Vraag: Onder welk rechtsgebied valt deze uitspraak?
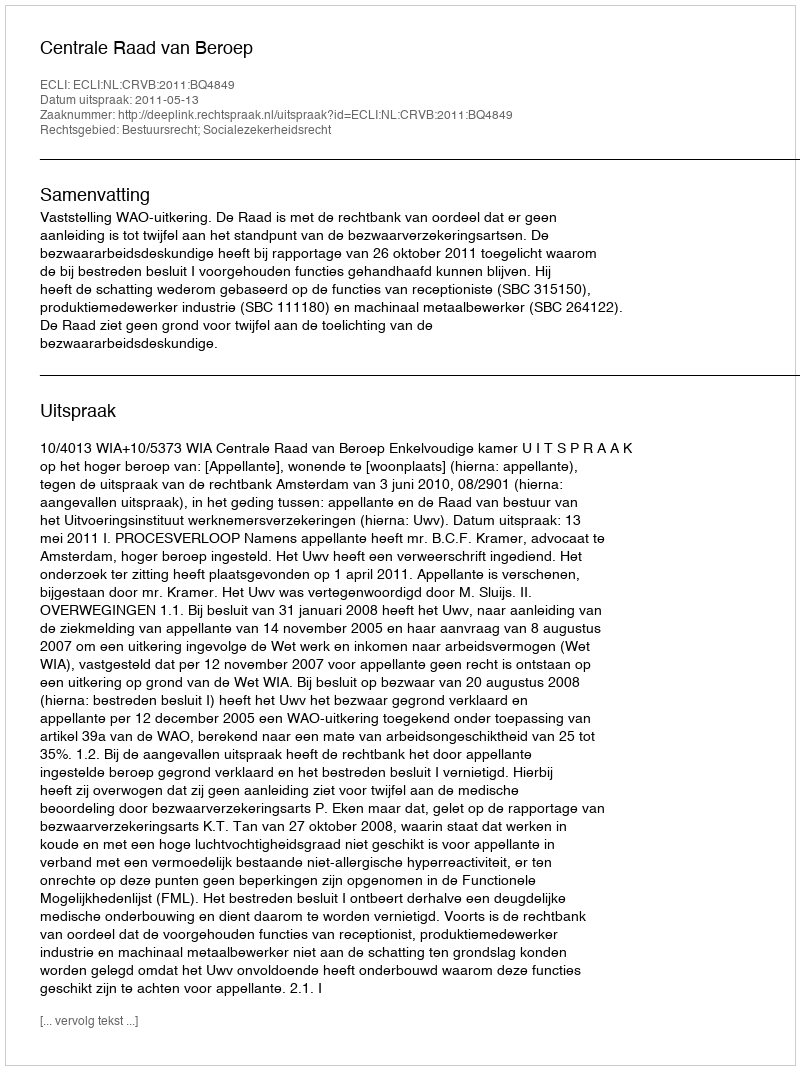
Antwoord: Bestuursrecht; Socialezekerheidsrecht